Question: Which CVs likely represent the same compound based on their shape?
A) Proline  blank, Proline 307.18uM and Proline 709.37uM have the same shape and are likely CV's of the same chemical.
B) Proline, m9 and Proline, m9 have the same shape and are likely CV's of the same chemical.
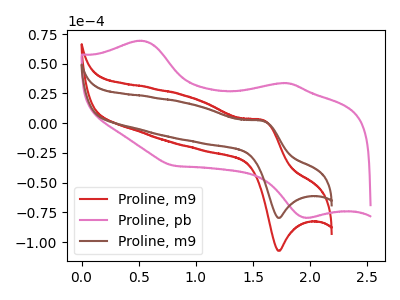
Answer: <think>The red curve "Proline, m9" has an anodic peak at (1.60V, 2.40uA) and a cathodic peak at (1.75V, -107.35uA). The pink curve "Proline, pb" has anodic peaks at (0.55V, 69.40uA) (1.80V, 33.80uA) and cathodic peaks at (1.95V, -79.45uA) (0.80V, -35.70uA). The brown curve "Proline, m9" has an anodic peak at (1.60V, 1.80uA) and a cathodic peak at (1.75V, -79.70uA).
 "Proline, m9" and "Proline, pb" have a different number of peaks. All the peaks in "Proline, m9" have a peak in "Proline, m9" at the same potential. Every peak in "Proline, m9" is higher than every peak in "Proline, m9". "Proline, pb" and "Proline, m9" have a different number of peaks.</think>
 <answer>B) "Proline, m9" and "Proline, m9" have the same shape and are likely CV's of the same chemical.</answer>
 <eval>B</eval>